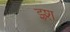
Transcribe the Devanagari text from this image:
झ्र्श